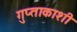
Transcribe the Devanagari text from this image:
गुप्‍ताकाशी